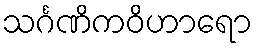
သင်္ဂဏိကဝိဟာရော